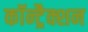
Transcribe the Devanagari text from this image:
कॉन्ट्रैक्शन